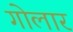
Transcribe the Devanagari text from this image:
गोलार